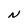
Character: N